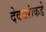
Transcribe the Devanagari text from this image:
देवधरांकडे